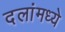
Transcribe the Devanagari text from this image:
दलांमध्ये